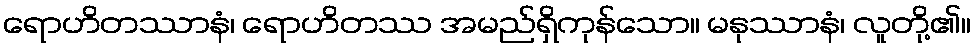
ရောဟိတဿာနံ၊ ရောဟိတဿ အမည်ရှိကုန်သော။ မနုဿာနံ၊ လူတို့၏။